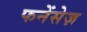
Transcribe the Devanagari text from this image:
फनेंसेज़